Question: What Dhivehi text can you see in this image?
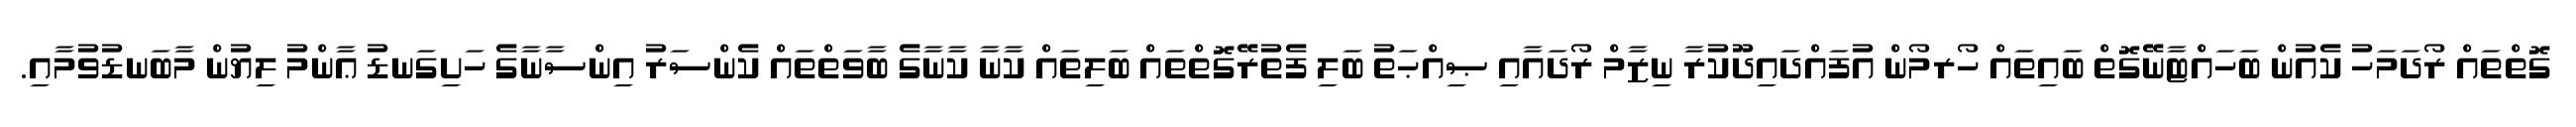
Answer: ގޮތްތައް ރޯދަމަހު ކެއުން ބަހައްޓާނޭގޮތް ބައިތައް ހޯރމޯން އުފައްދައިދޫކުރާ ނިޒާމް ރޯދައާއި ޞިއްޙަތު ބަލި ފެތުރޭގޮތްތައް ބަލިތައް ކާނާ ކާނާގެ ބާވަތްތައް ކެންސަރު އިންސާނާގެ ހަށިގަނޑު ޢާންމު ލިޔުން މާބަނޑުވުމާއި.